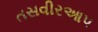
તસવીરઆપ